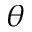
\theta